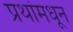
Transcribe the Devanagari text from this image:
प्रथांमधून